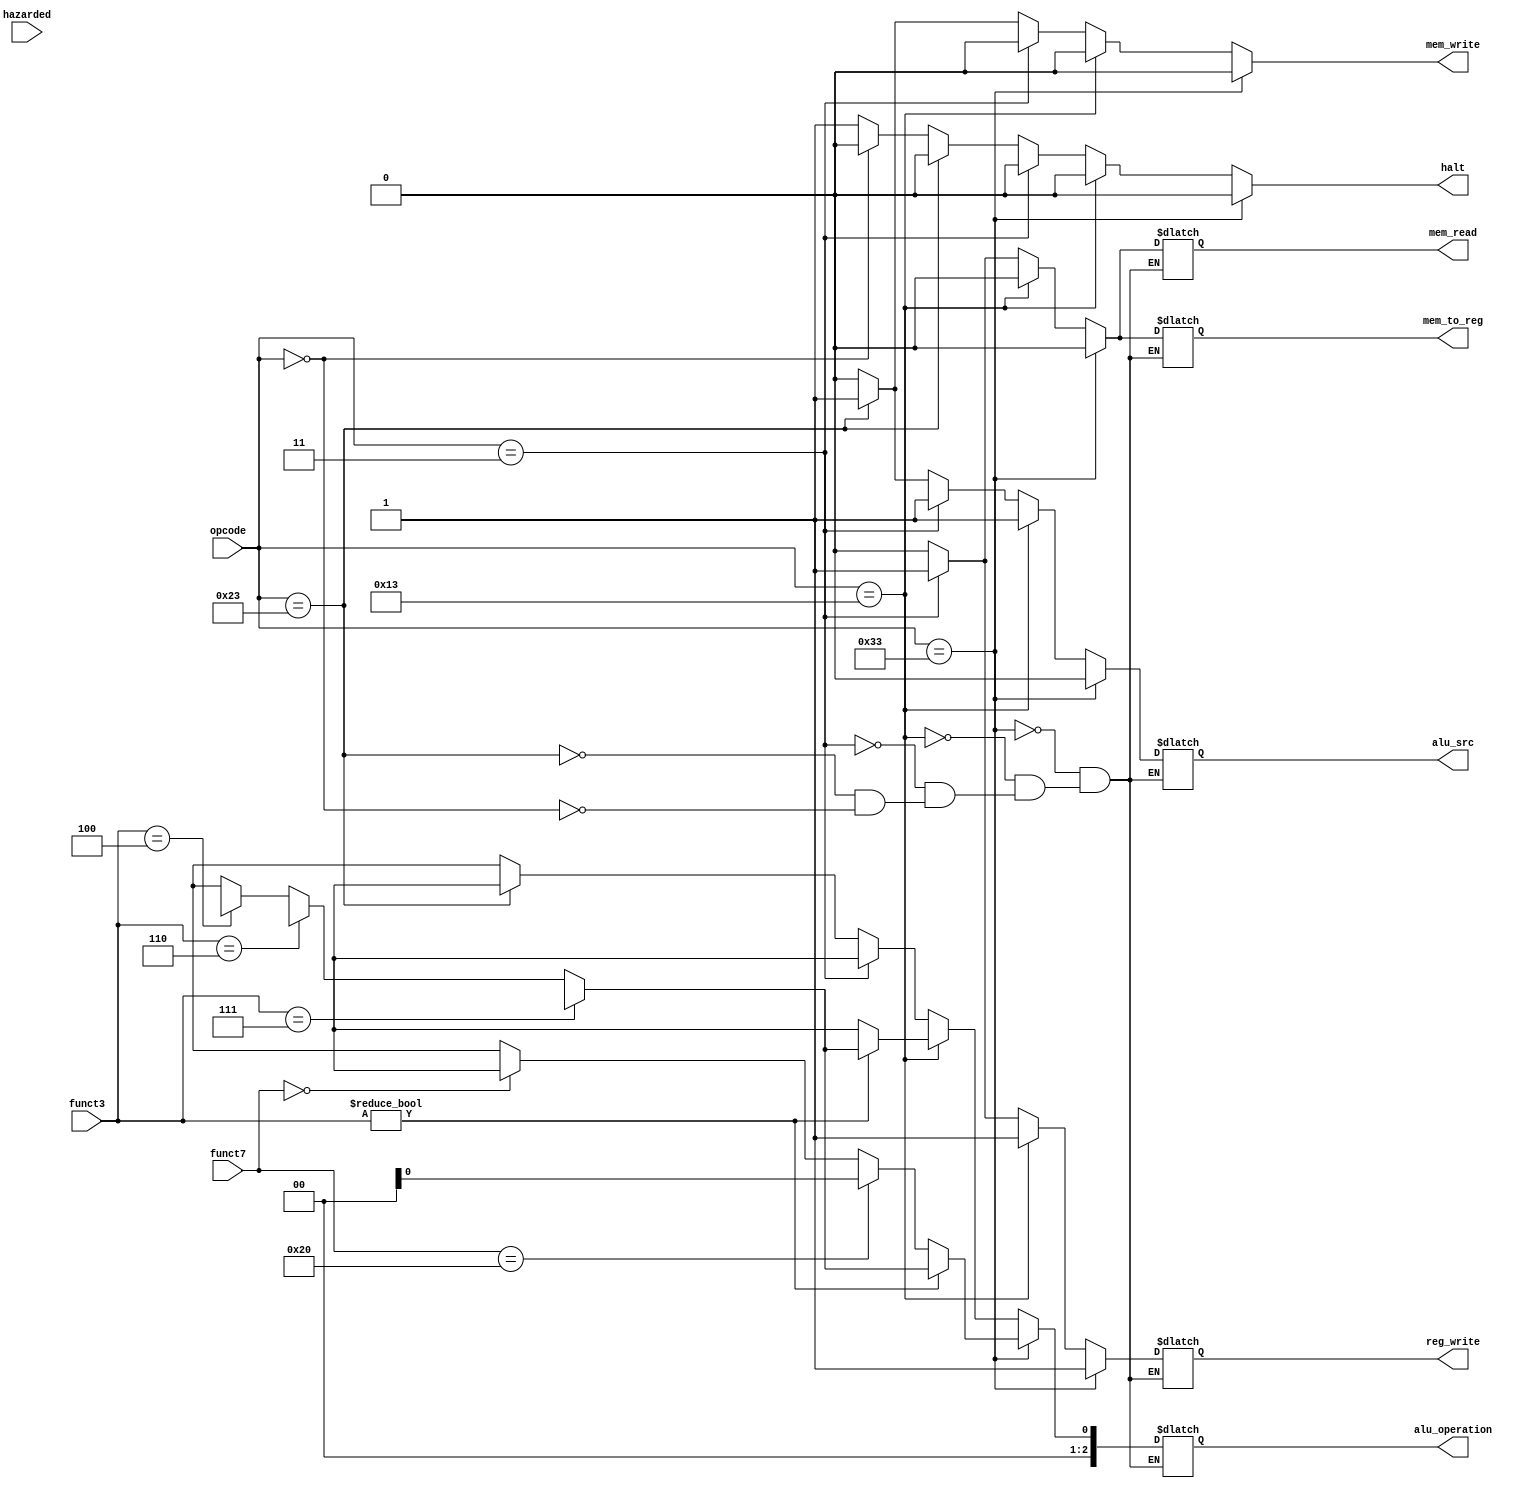
module pipeline_ctl
(
	//From ID unit: opcode and register
	input [6:0] opcode,
	input [2:0] funct3,
	input [6:0] funct7,
	input hazarded, // for control hazard mux

	//To others-
	output reg alu_src,
	output reg mem_to_reg,
	output reg reg_write,
	output reg mem_read,
	output reg mem_write,
	output reg [2:0] alu_operation,
	output reg halt
);
	//Operator 
	parameter R_FORMAT	= 7'b0110011;
	parameter I_FORMAT	= 7'b0010011;
	parameter LOAD		= 7'b0000011;
	parameter STORE		= 7'b0100011;
	parameter SB 			= 7'b1100011;

	always @(opcode, funct3, funct7)
	begin
	    if(opcode == R_FORMAT)
		begin
			alu_src <= 1'b0;
			mem_to_reg <= 1'b0;
			reg_write <= 1'b1;
			mem_read <= 1'b0;
			mem_write <= 1'b0;
			halt <= 1'b0;
			alu_operation <= (funct3 != 3'b000) ? (funct3==3'b111 ? alu.BIT_AND : 
					(funct3==3'b110 ? alu.BIT_OR : (funct3==3'b100 ? alu.BIT_XOR :alu.ALU_NOP))
					):
					(funct7 == 7'h20 ? alu.SUB_64 : (funct7 == 7'h0 ? alu.ADD_64 : alu.ALU_NOP));
		end
		else if(opcode == I_FORMAT)
		begin
			alu_src <= 1'b1;
			mem_to_reg <= 1'b0;
			reg_write <= 1'b1;
			mem_read <= 1'b0;
			mem_write <= 1'b0;
			halt <= 1'b0;
			alu_operation <= ((funct3 != 3'b000) ? (funct3 == 3'b111 ? alu.BIT_AND : 
			(funct3 == 3'b110 ? alu.BIT_OR : (funct3 == 3'b100 ? alu.BIT_XOR : alu.ALU_NOP))): alu.ADD_64);
		end
		else if(opcode == LOAD)
		begin
			alu_src <= 1'b1;	
			mem_to_reg <= 1'b1;
			reg_write <= 1'b1;
			mem_read <= 1'b1;
			mem_write <= 1'b0;
			halt <= 1'b0;
			alu_operation <= alu.ADD_64;
		end
		else if(opcode == STORE)
		begin
			alu_src <= 1'b1;
			mem_to_reg <= 1'bx;
			reg_write <= 1'b0;
			mem_read <= 1'b0;
			mem_write <= 1'b1;
			halt <= 1'b0;
			alu_operation <= alu.ADD_64;

		end
		else if(opcode == 7'h0)	//NOP
		begin
			alu_src <= 1'b0;
			mem_to_reg <= 1'b0;
			reg_write <= 1'b0;
			mem_read <= 1'b0;
			mem_write <= 1'b0;
			halt <= 1'b0;
			alu_operation <= alu.ALU_NOP;
			
		end
		else	//HALT
		begin
			halt <= 1'b1;
			mem_write <= 1'b0;
		end
	end

endmodule